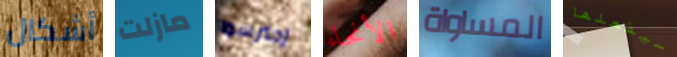
أشكال مازلت إحترسوا الأنحاء المساواة سيفعلها